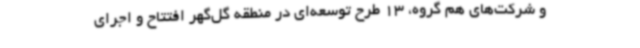
و شرکت‌های هم گروه، 13 طرح توسعه‌ای در منطقه گل‌گهر افتتاح و اجرای